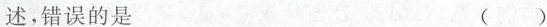
述，错误的是 ()